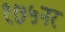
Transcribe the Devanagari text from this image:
१७५नर